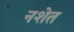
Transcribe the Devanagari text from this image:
नशेत